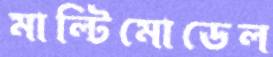
মাল্টিমোডেল